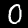
Digit: 0